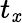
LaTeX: t_{\mathit{x}}